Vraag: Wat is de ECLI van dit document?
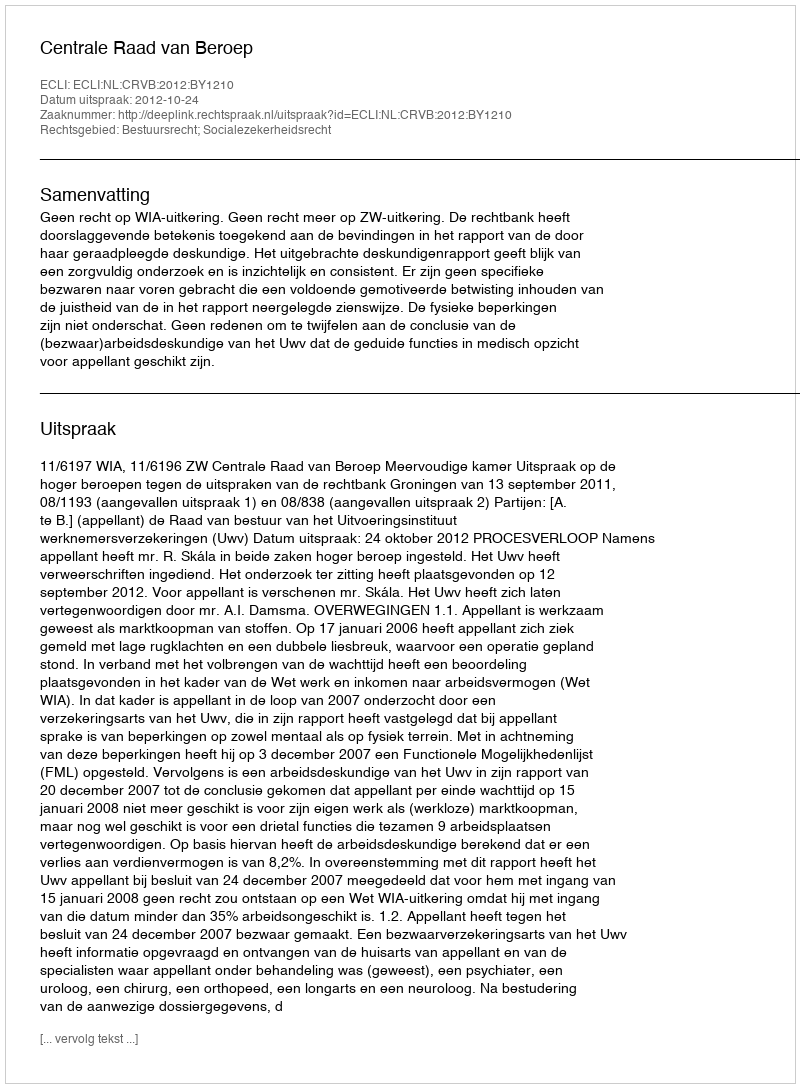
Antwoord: ECLI:NL:CRVB:2012:BY1210